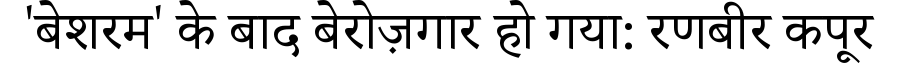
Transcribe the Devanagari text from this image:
'बेशरम' के बाद बेरोज़गार हो गया: रणबीर कपूर